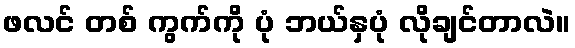
ဖလင် တစ် ကွက်ကို ပုံ ဘယ်နှပုံ လိုချင်တာလဲ။